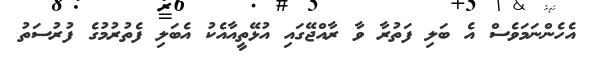
އެހެންނަމަވެސް އެ ބަލި ފަތުރާ ވާ ރާއްޖޭގައި އުޅޭތީއާއެކު އެބަލި ފެތުރުމުގެ ފުރުސަތު